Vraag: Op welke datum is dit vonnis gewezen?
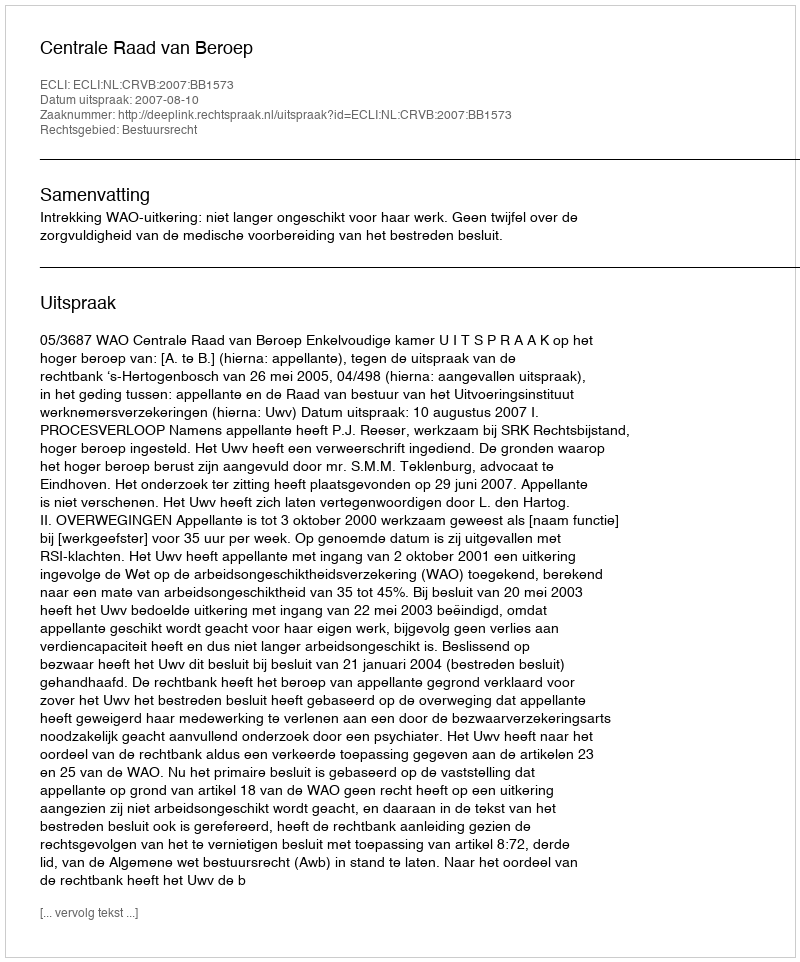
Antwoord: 2007-08-10